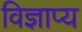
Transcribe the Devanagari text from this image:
विज्ञाप्य